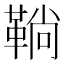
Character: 鞝